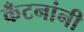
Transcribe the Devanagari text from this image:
कँटनांनी